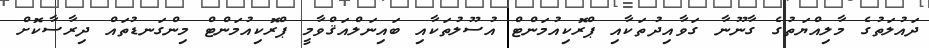
ދައުލަތުގެ މާލިއްޔަތުގެ ގާނޫނާ ގަވާއިދުތަކާއި ޕްރޮކިއުމަންޓް އުސޫލުތަކާއި ބައިނަލްއަޤްވާމީ ޕްރޮކިއުމަންޓް މިންގަނޑުތައް ދިރާސާކޮށް